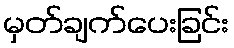
မှတ်ချက်ပေးခြင်း